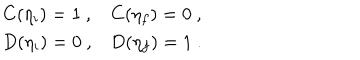
\begin{array} { c c } { { C ( \eta _ { i } ) = 1 ~ , } } & { { C ( \eta _ { f } ) = 0 ~ , \nonumber } } \\ { { D ( \eta _ { i } ) = 0 ~ , } } & { { D ( \eta _ { f } ) = 1 ~ . } } \\ \end{array}